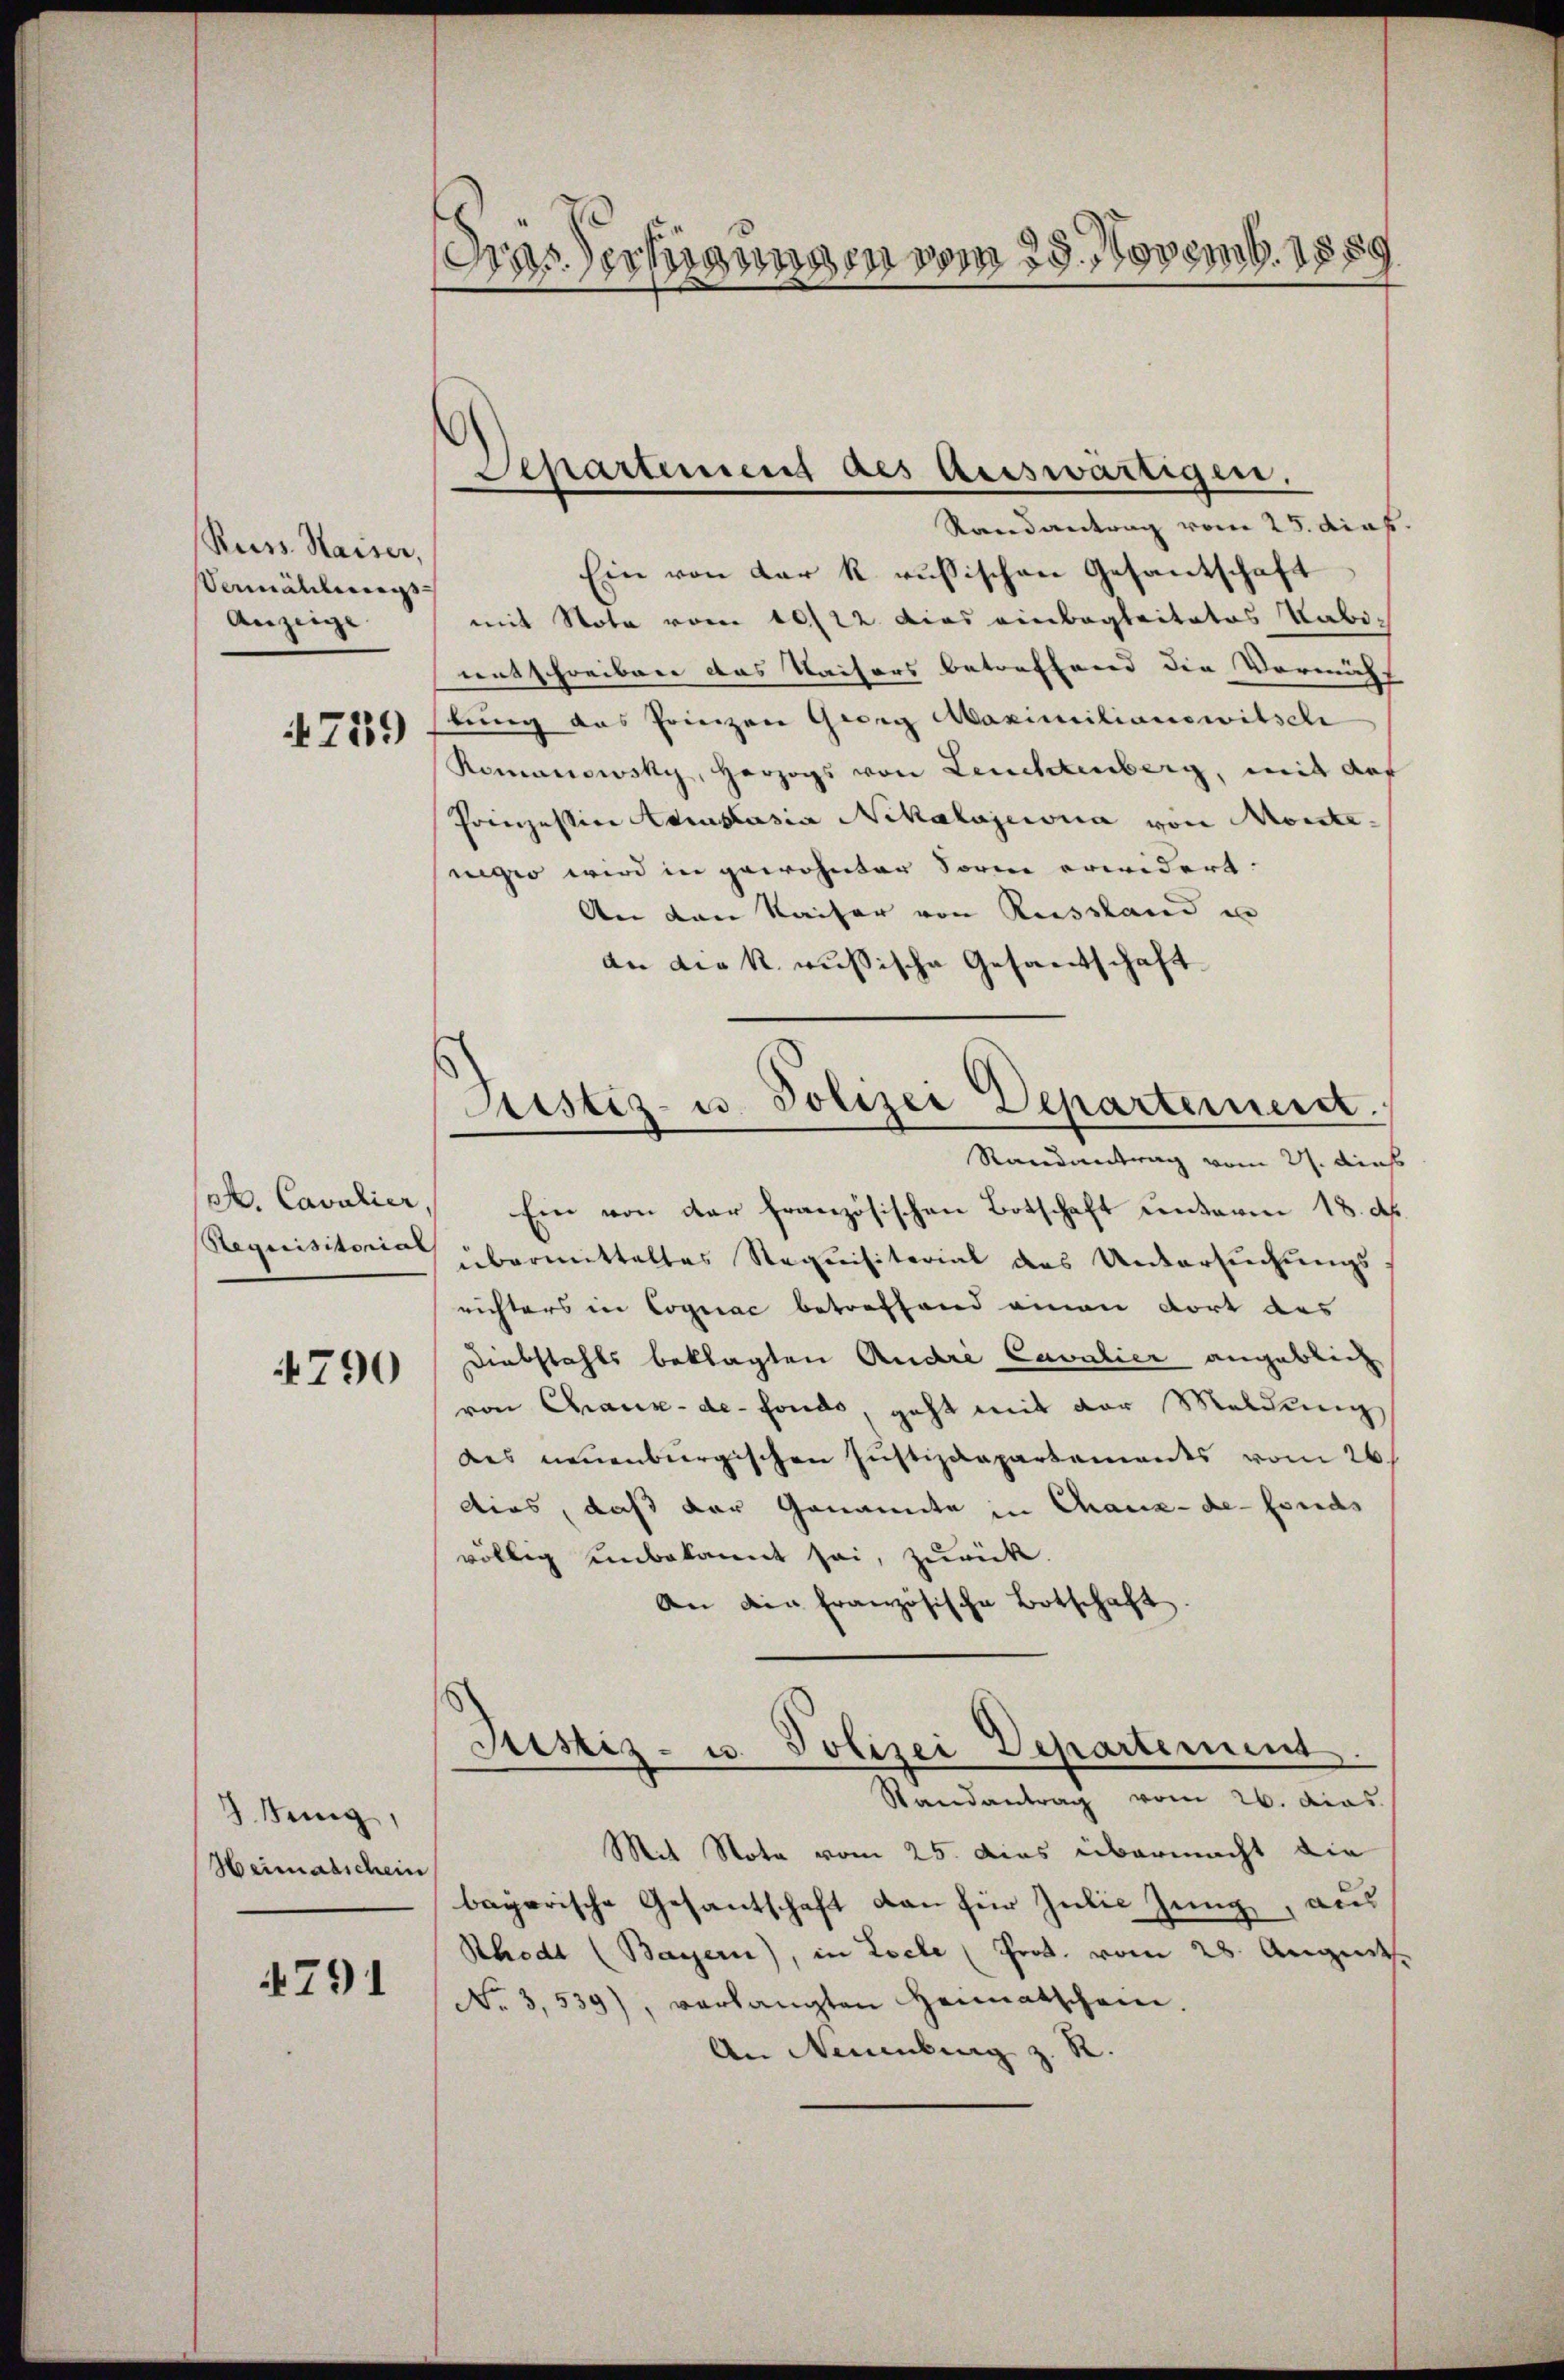
Russ. Kaiser,
Vermählungs-
Anzeige

749

at. Cavalier,
Requisitorial

4790

3 Jung,
Heimatschein

4791

Dra-Verfügungen vom 25. Novemb. 1889

Separtement des Auswärtigen.
Randantrag vom 25. dies

Justiz- u. Polizei Departement.
Randantrag vom 21. Auf

Ein von der k. russischen Gesandschaft
mit Note vom 10/22. Dies einbegleitetes Kabimitschreiben das Kaisers betreffend die Vormiht
lung des Prinzen Georg Maximilianewitsche
Romanowsky, Herzogs von Leuchtenberg, mit auf
Prinzessive Auslasia Nekalajeria von Monte.
negio wird in gewohnter Sorne erwidert.
An den Kaiser von Russland in
an die k. aussische Gesandschaft
Ein von der französischen Botschaft unterm 18. d.
übermitteltes Stequisitarial des Untersuchungs
richters in Cognac betreffend einen dort des
Diebstahls beklagten Andre Cavalier angeblich
von Chaux-de-Fonds, geht mit der Meldung
des neuenburgischen Justizdepartements vom 26.
dies, daß der Genannte in Chaux-de-Frieds
völlig einbekannt sei, zurück.
An die französische Botschaft
Justiz- u. Polizei Departement
Randantrag vom 26. das
Mit Nota vom 25. dies übermacht die
bayerische Gesantschaft von für Julie Jung, aus
Rhedt (Bayern), in Loele (Prot. vom 28. August.
No 3,539), verlangten Heimatschein.
An Neuenburg z. R.